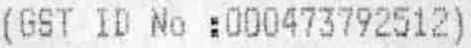
(GST ID NO :000473792512)